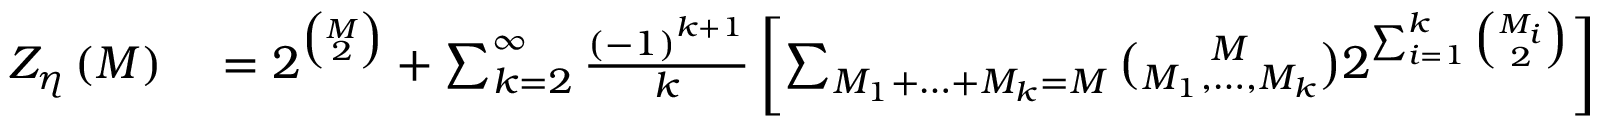
\begin{array} { r l } { Z _ { \eta } \left( M \right) } & { { } = 2 ^ { \binom { M } { 2 } } + \sum _ { k = 2 } ^ { \infty } \frac { \left( - 1 \right) ^ { k + 1 } } { k } \left[ \sum _ { M _ { 1 } + \ldots + M _ { k } = M } \binom { M } { M _ { 1 } , \ldots , M _ { k } } 2 ^ { \sum _ { i = 1 } ^ { k } \binom { M _ { i } } { 2 } } \right] , } \end{array}